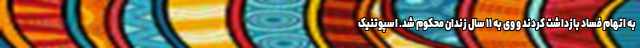
به اتهام فساد بازداشت کردند و وی به ۱۱ سال زندان محکوم شد. اسپوتنیک